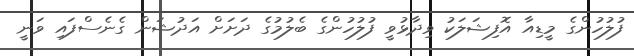
ފުލުހުންގެ މީޑިއާ އޮފިޝަލަކު ވިދާޅުވީ ފުލުހުންގެ ބެލުމުގެ ދަށަށް އަދުޝަން ގެނެސްފައި ވަނީ